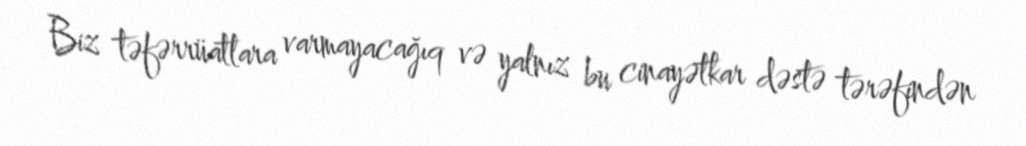
Biz təfərrüatlara varmayacağıq və yalnız bu cinayətkar dəstə tərəfindən